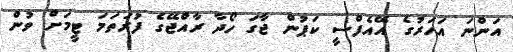
އަންނަ އަހަރުގެ އޭއެފްސީ ކަޕުން ޖާގަ ހޯދާ ރާއްޖޭގެ ފުރަތަމަ ޓީމަށް ވުން